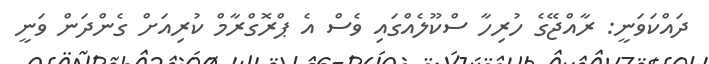
ދައްކަވަނީ: ރާއްޖޭގެ ހުރިހާ ސްކޫލެއްގައި ވެސް އެ ޕްރޮގްރާމް ކުރިއަށް ގެންދަން ވަނީ